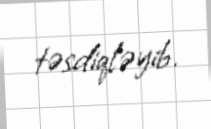
təsdiqləyib.